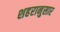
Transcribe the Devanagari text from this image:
शहरानुसार